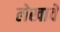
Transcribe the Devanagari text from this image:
लेखावे